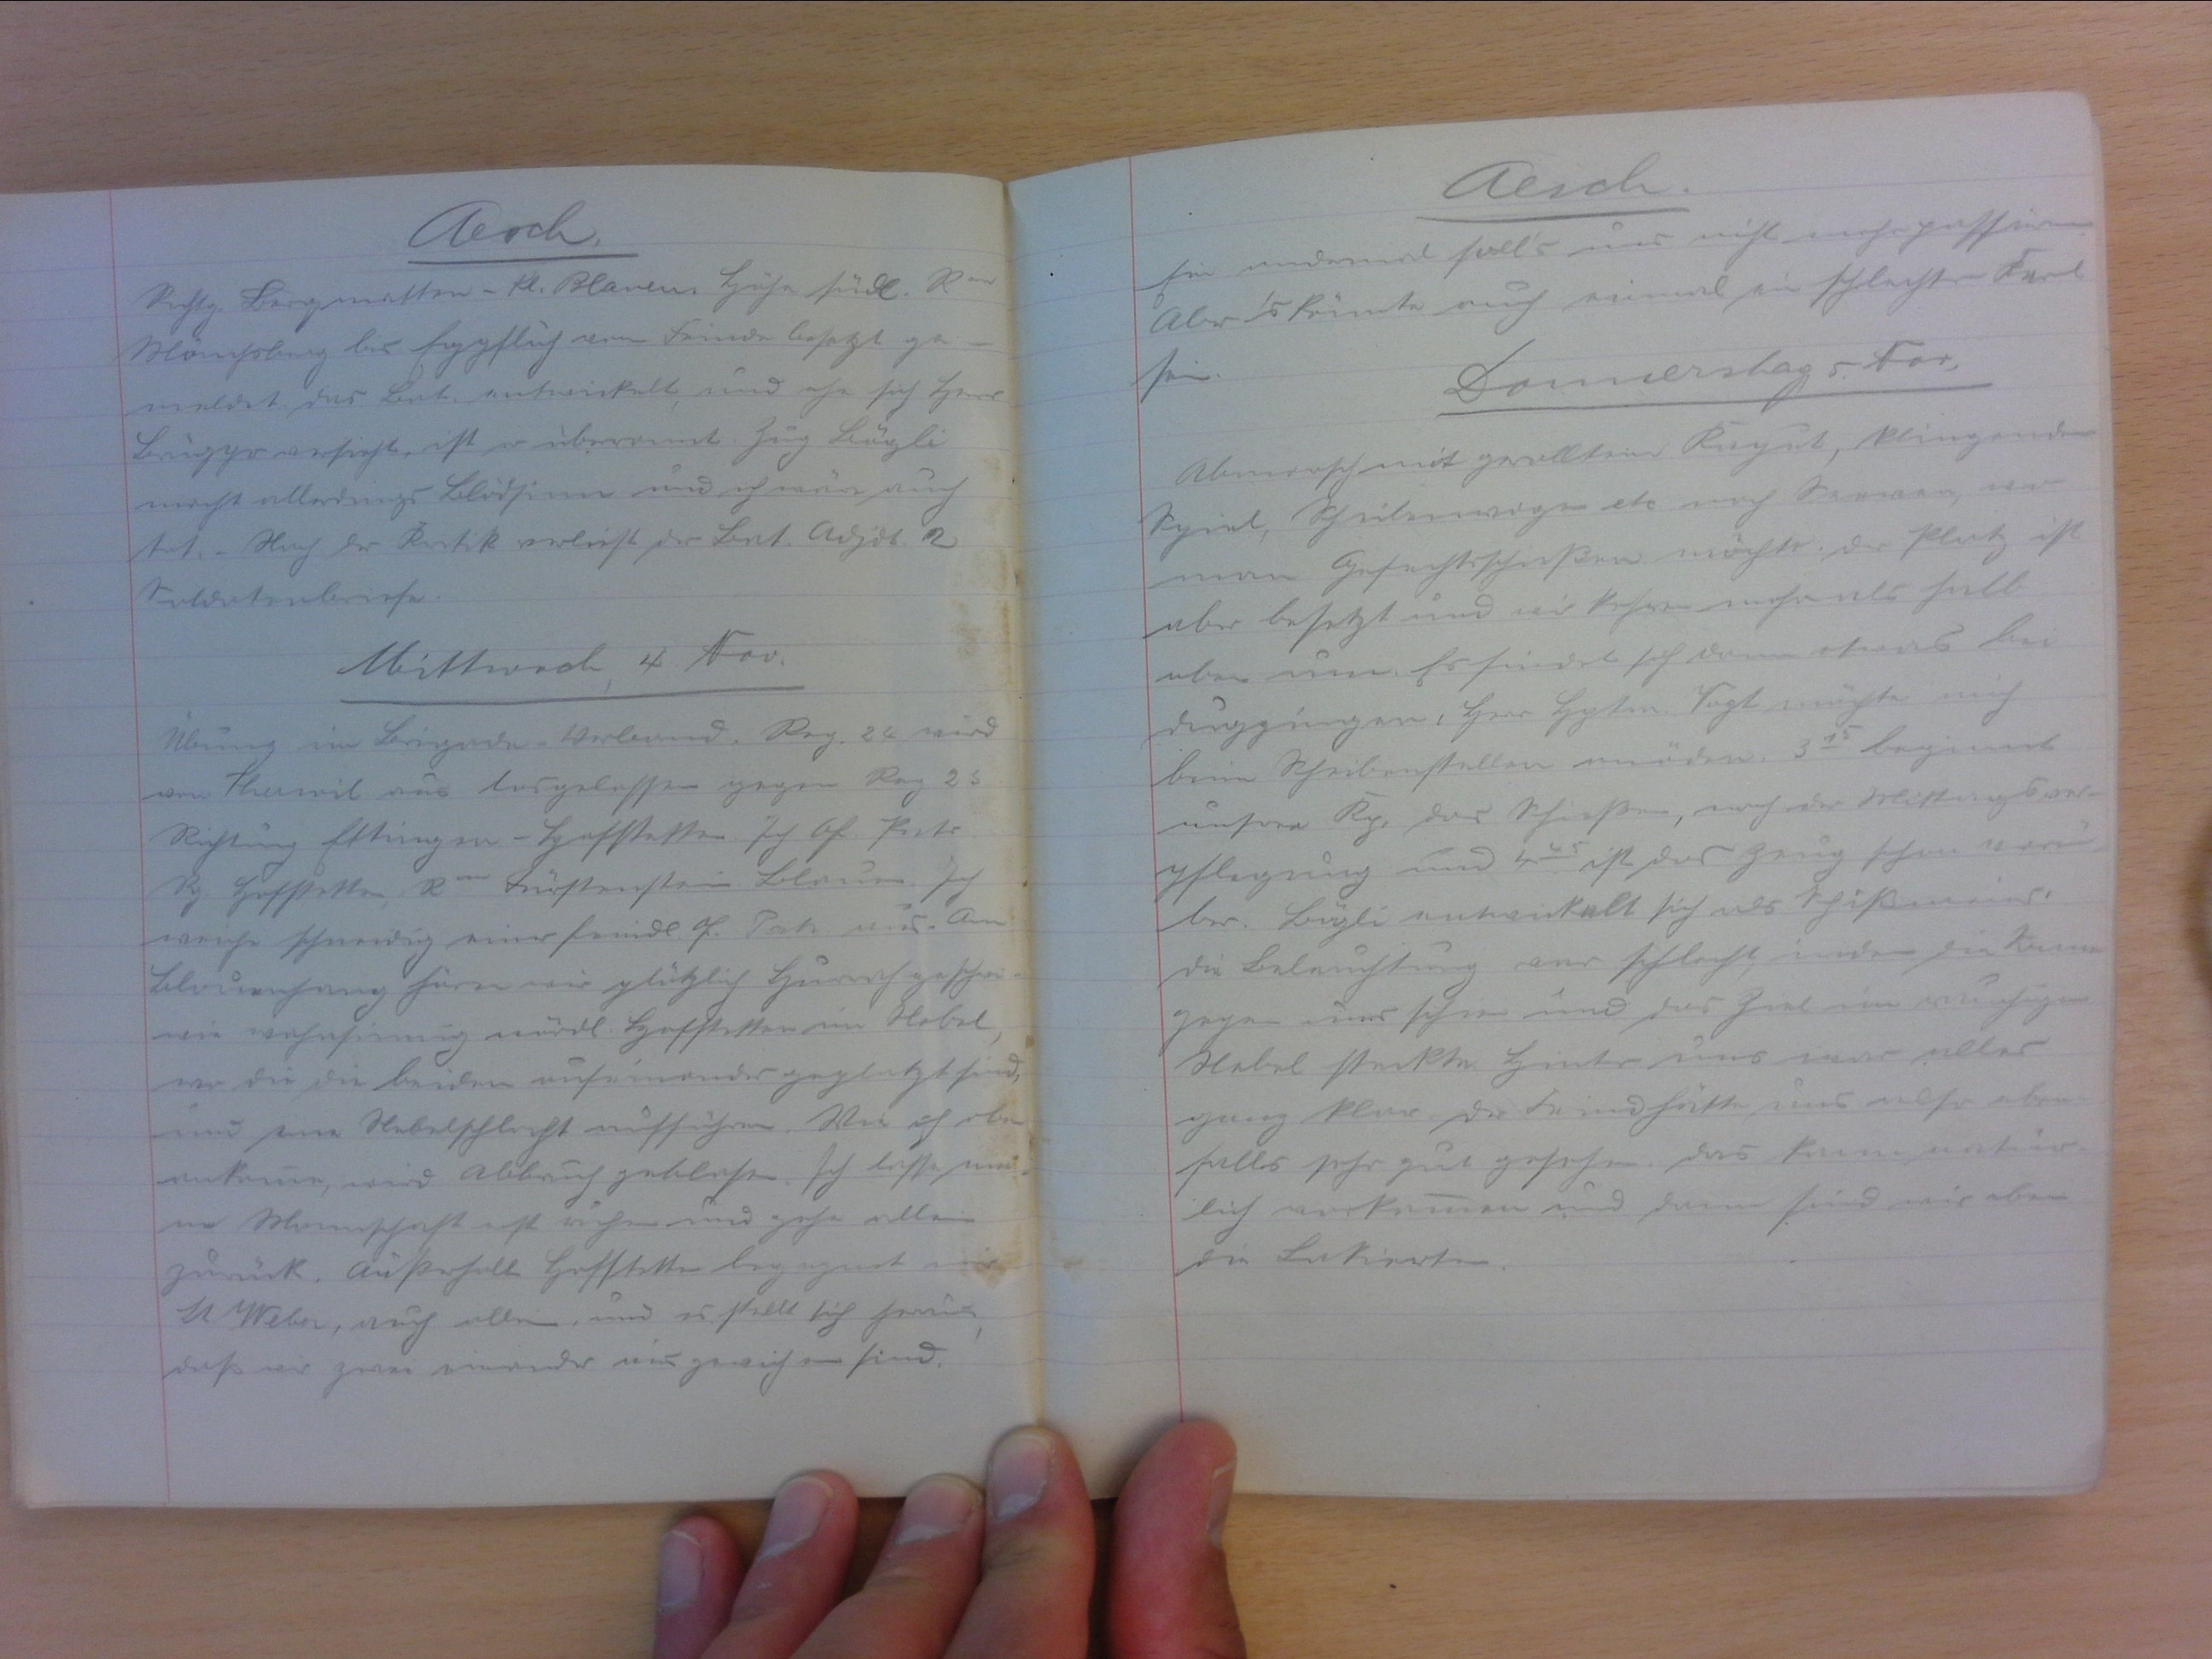
Aesch
Richtg. Bergmatten - Kl. Blauen. Höhe südl. Rm
Mönchsberg bis Eggfluh vom Feinde besetzt ge-
meldet. Das Bat. entwickelt und ehe sich Herr
Brügger versieht, ist er überannt. Zug Bögli
macht allerdings blödsinn und ich wäre auch
tot. Nach der Kritik verliest der Bat. Adjdt. die
Soldatenbriefe.
Mittwoch, 4. Nov.
Übung in Brigade-Verband. Reg. 24 wird
von Therwil aus losgelossen gegen Reg. 25
Richtung Ettingen- Hofstetten. Ich Of. Patr.
Rg. Hofstetten, Rm Fürstenstein Blauen. sich
weiche schneidig einer feindl. Of. Patr. aus. Am
Blauenhang hören wir plötzlih Hurrahgeschrei
wie wahnsinnig nördl. Hofstetten im Nebel,
wo die die beiden aufeinander geplatzt sind.
und eine Nebelschlacht aufführen. Wie ich eben
ankomme, wird Abbruch geblasen. Ich lasse mei-
ne Mannschaft ist erst ruhen und gehe allein
zurück. Ausserhalb Hoffstetten begegnet mir
Lt Weber, auch allein, und es stellt sich heraus,
dass wir zwei einander ausgewichen sind.

Aesch
Ein andermal solls uns nicht mehr passieren
Aber's könnte auch einmal ein schlechten Kern.
sein war-
Donnerstag, 5. Nov.
Abmarsch mit gerolltem Kaput, klingendem
Spiel, Scheilenwagen etc. nach Sewen, wo
man Gefechtsschiessen möchte. Der Platz ist
aber besetzt und wir kehren mehr als halb
oben um. Es findet sich kann etwas bei
Duggingen, Herr Hptm. Vogt möchte mich
beim Scheibenstellen anöden. 315 beginnt
unsere Kp. das Schiessen, nach der Mittagsver-
pflegeung und 445 ist das Zeug schon vor-
bei. Bögli entwickelt sich als Schiessmeier
Die Beleuchtung war schlecht, iriden die Sonne
gegen uns schien und das Ziel im rauchigen
Nebel steckte. Hinter uns war alles
ganz klar. der Feind hätte uns also eben-
falls sehr gut gesehen. Das kann natür-
lich vorkommen und dann sind wir eben
die Lakierten.